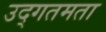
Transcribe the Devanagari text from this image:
उद्गतमता